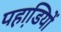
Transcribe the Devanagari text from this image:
पहाडि़यों